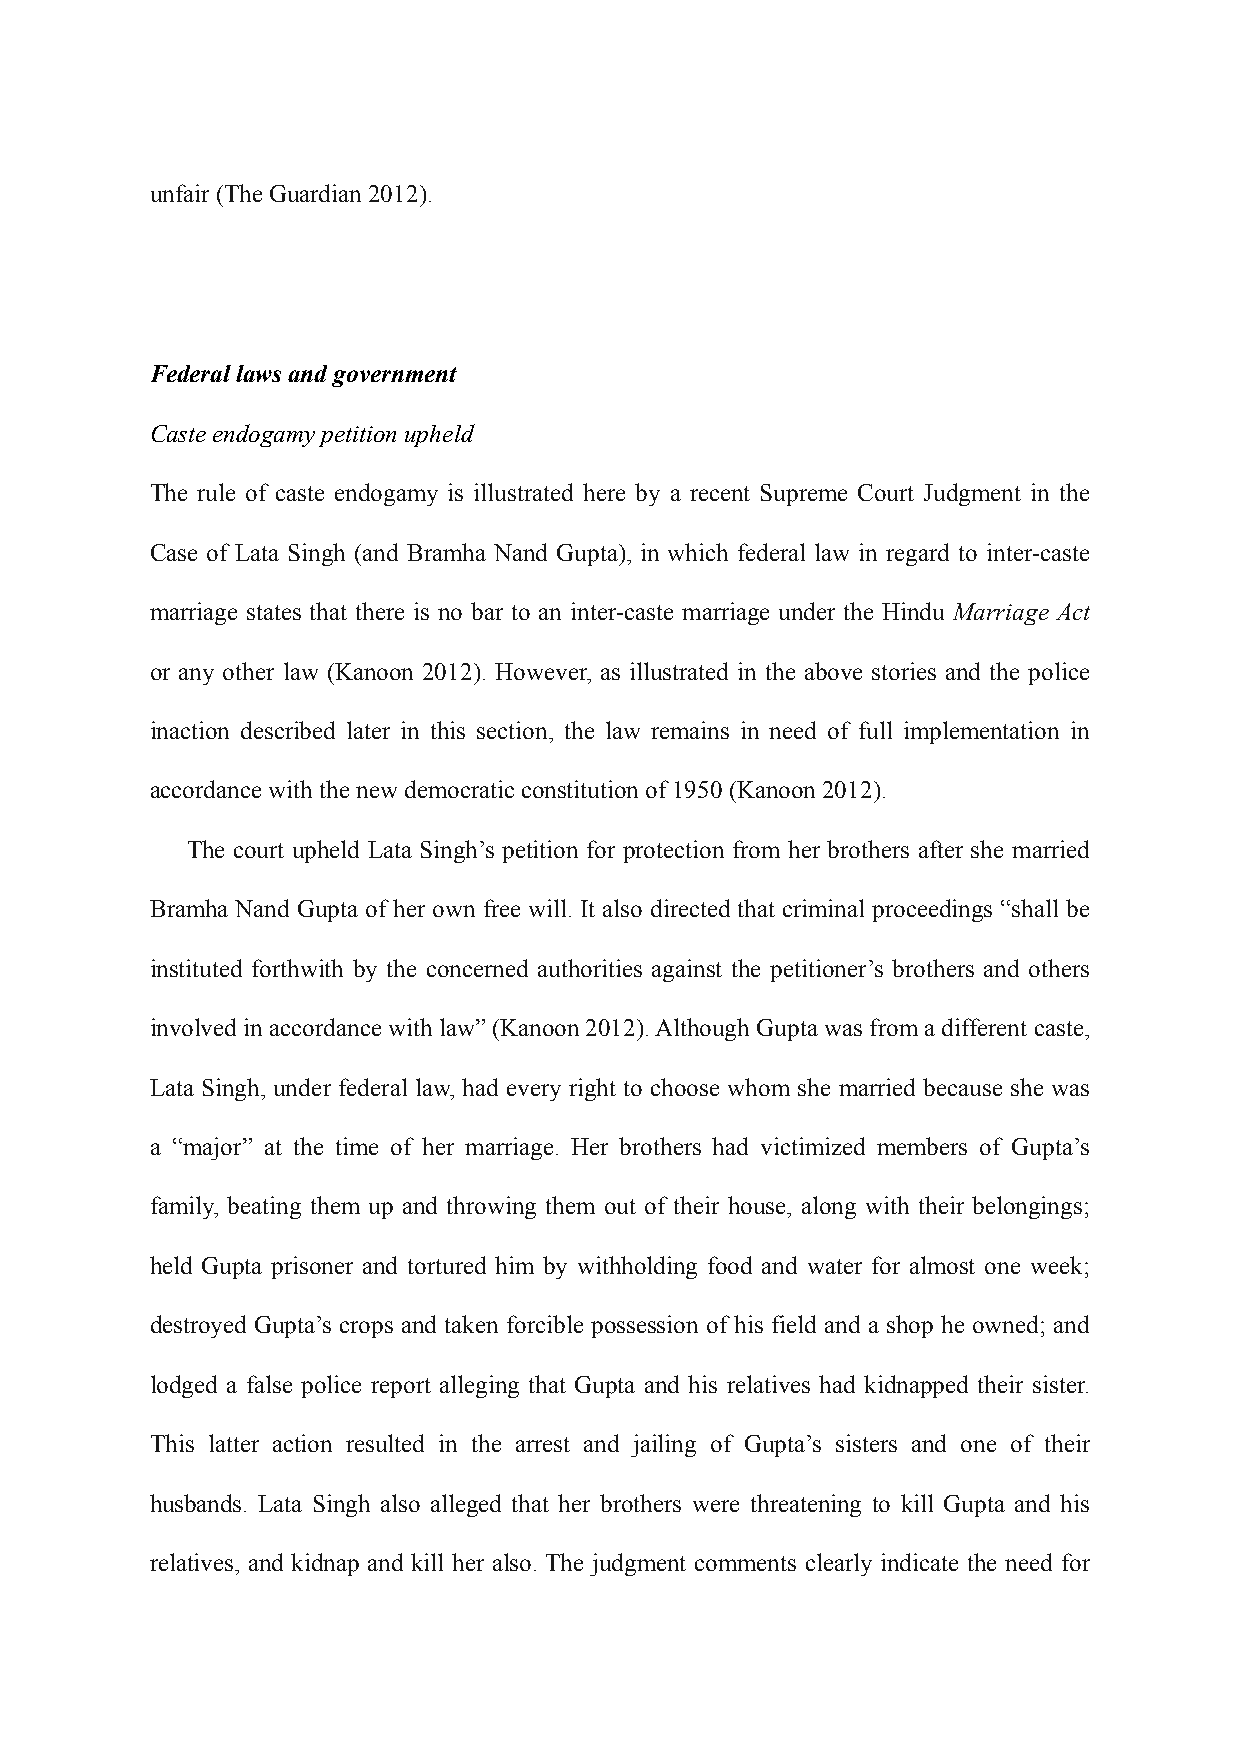
unfair (The Guardian 2012).
 Federal laws and government
 Caste endogamy petition upheld
 The rule of caste endogamy is illustrated here by a recent Supreme Court Judgment in the
 Case of Lata Singh (and Bramha Nand Gupta), in which federal law in regard to inter-caste
 marriage states that there is no bar to an inter-caste marriage under the Hindu Marriage Act
 or any other law (Kanoon 2012). However, as illustrated in the above stories and the police
 inaction described later in this section, the law remains in need of full implementation in
 accordance with the new democratic constitution of 1950 (Kanoon 2012).
 The court upheld Lata Singh’s petition for protection from her brothers after she married
 Bramha Nand Gupta of her own free will. It also directed that criminal proceedings “shall be
 instituted forthwith by the concerned authorities against the petitioner’s brothers and others
 involved in accordance with law” (Kanoon 2012). Although Gupta was from a different caste,
 Lata Singh, under federal law, had every right to choose whom she married because she was
 a “major” at the time of her marriage. Her brothers had victimized members of Gupta’s
 family, beating them up and throwing them out of their house, along with their belongings;
 held Gupta prisoner and tortured him by withholding food and water for almost one week;
 destroyed Gupta’s crops and taken forcible possession of his field and a shop he owned; and
 lodged a false police report alleging that Gupta and his relatives had kidnapped their sister.
 This latter action resulted in the arrest and jailing of Gupta’s sisters and one of their
 husbands. Lata Singh also alleged that her brothers were threatening to kill Gupta and his
 relatives, and kidnap and kill her also. The judgment comments clearly indicate the need for